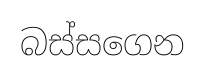
බස්සගෙන